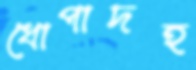
ধোপাদহ